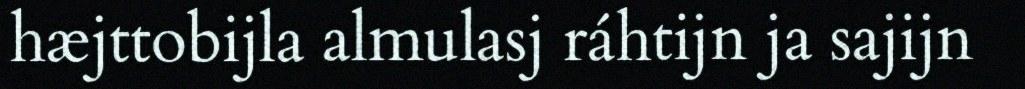
hæjttobijla almulasj ráhtijn ja sajijn